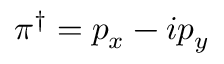
\pi ^ { \dagger } = p _ { x } - i p _ { y }